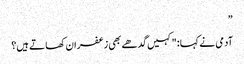
”
آدمی نے کہا: "کہیں گدھے بھی زعفران کھاتے ہیں؟